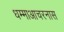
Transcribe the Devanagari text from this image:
धम्माआचरनास